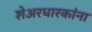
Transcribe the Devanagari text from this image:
शेअरधारकांना